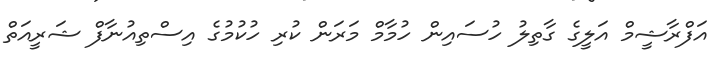
އަފްރާޝީމް އަލީގެ ގާތިލު ހުސައިން ހުމާމް މަރަން ކުރި ހުކުމުގެ އިސްތިއުނާފް ޝަރީއަތް